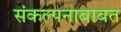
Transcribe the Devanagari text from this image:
संकल्पनाबाबत